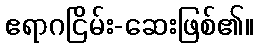
ဧရာဂငြိမ်း-ဆေးဖြစ်၏။